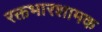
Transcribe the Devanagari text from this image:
रक्तभारशामक